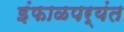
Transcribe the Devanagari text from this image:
इंफाळपर्यंत